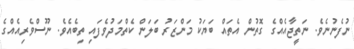
ނުފެނުނެވެ. ނަތީޖާއެއްގެ ގޮތުން އެތައް ބަޔަކު މަންޒަރު ބަލަން ކެތްމަދުވެފައި ތިބެއެވެ. ނޫސްވެރިއެއްގެ